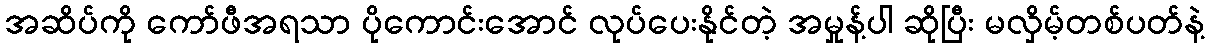
အဆိပ်ကို ကော်ဖီအရသာ ပိုကောင်းအောင် လုပ်ပေးနိုင်တဲ့ အမှုန့်ပါ ဆိုပြီး မလှိမ့်တစ်ပတ်နဲ့